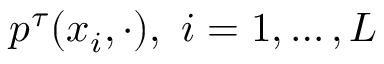
p ^ { \tau } ( x _ { i } , \cdot ) , ~ i = 1 , \ldots , L